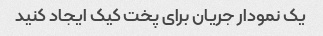
یک نمودار جریان برای پخت کیک ایجاد کنید